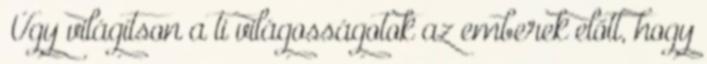
„Úgy világítson a ti világosságotok az emberek előtt, hogy